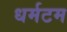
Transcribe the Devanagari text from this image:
धर्मटम